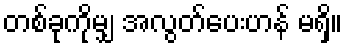
တစ်ခုကိုမျှ အလွတ်ပေးဟန် မရှိ။